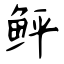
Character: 鲆